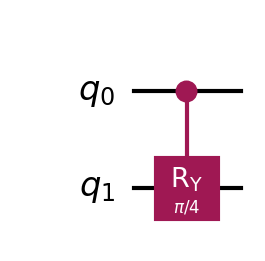
Description: Controlled-Ry: decomposed into Ry-CNOT-Ry-CNOT
描述: 受控Ry门：分解为Ry-CNOT-Ry-CNOT
Category: gate_coverage (difficulty: basic)
Qubits: 2, circuit depth: 4

Braket implementation:
import math
from braket.circuits import Circuit
# Braket 没有原生 CRy，用分解: Ry(θ/2)-CNOT-Ry(-θ/2)-CNOT
theta = math.pi / 4
circuit = Circuit()
circuit.ry(1, theta / 2)
circuit.cnot(0, 1)
circuit.ry(1, -theta / 2)
circuit.cnot(0, 1)